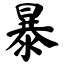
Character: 暴